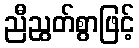
ညီညွတ်စွာဖြင့်